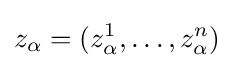
z_{\alpha }=(z_{\alpha }^{1},\ldots ,z_{\alpha }^{n})